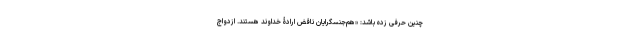
چنین حرفی زده باشد: «هم‌جنسگرایان ناقضِ ارادۀ خداوند هستند. ازدواج